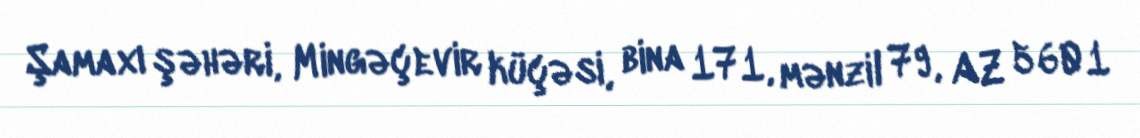
Şamaxı şəhəri, Mingəçevir küçəsi, bina 171, mənzil 79, AZ 5601